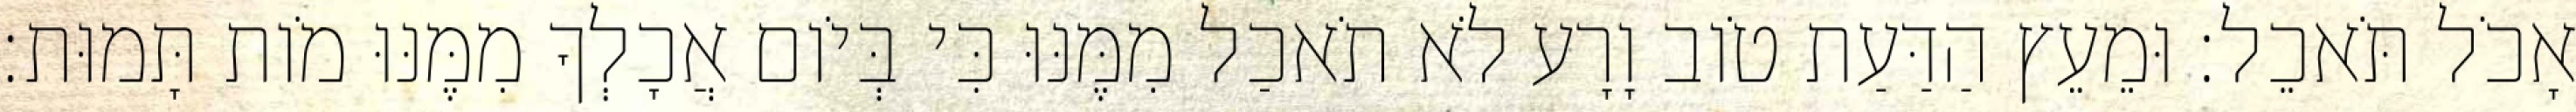
אָכֹל תֹּאכֵל׃ וּמֵעֵץ הַדַּעַת טֹוב וָרָע לֹא תֹאכַל מִמֶּנּוּ כִּי בְּיֹום אֲכָלְךָ מִמֶּנּוּ מֹות תָּמוּת׃